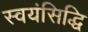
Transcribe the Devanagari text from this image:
स्वयंसिद्धि